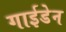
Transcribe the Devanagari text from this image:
गाईडेन